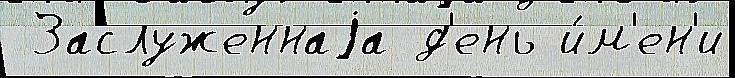
 Заслуженнаjа д'ень и́м'ен'и